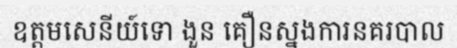
ឧត្តមសេនីយ៍ទោ ងួន គឿនស្នងការនគរបាល